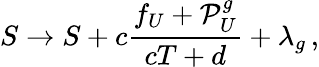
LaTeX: S\rightarrow S+c\frac{f_{U}+{\cal P}_{U}^{g}}{cT+d}+\lambda_{g}\, ,